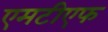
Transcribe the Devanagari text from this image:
एमटीएफ